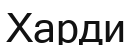
Харди